Piroplasma canis and its life cycle in the tick - Number 29
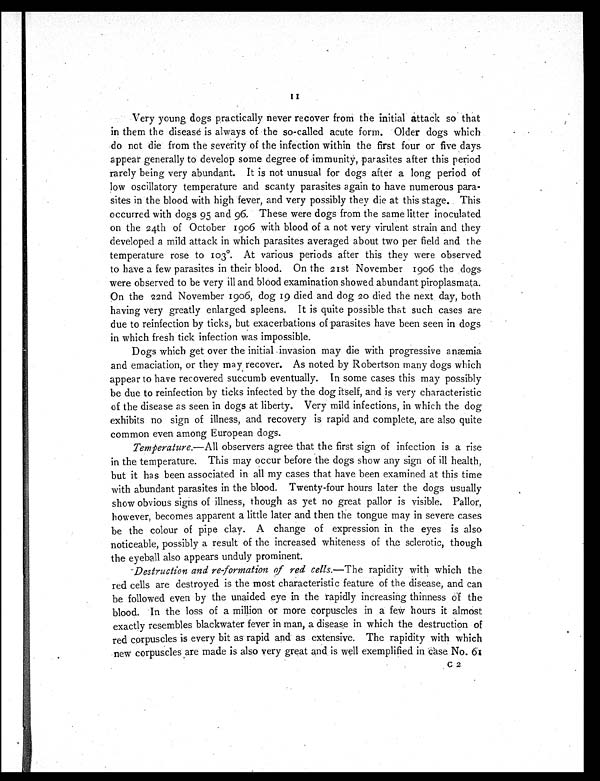
11
Very young dogs practically never recover from the initial attack so that
in them the disease is always of the so-called acute form. Older dogs which
do not die from the severity of the infection within the first four or five days
appear generally to develop some degree of immunity, parasites after this period
rarely being very abundant. It is not unusual for dogs after a long period of
low oscillatory temperature and scanty parasites again to have numerous para-
sites in the blood with high fever, and very possibly they die at this stage. This
occurred with dogs 95 and 96. These were dogs from the same litter inoculated
on the 24th of October 1906 with blood of a not very virulent strain and they
developed a mild attack in which parasites averaged about two per field and the
temperature rose to 103°. At various periods after this they were observed
to have a few parasites in their blood. On the 21st November 1906 the dogs
were observed to be very ill and blood examination showed abundant piroplasmata.
On the 22nd November 1906, dog 19 died and dog 20 died the next day, both
having very greatly enlarged spleens. It is quite possible that such cases are
due to reinfection by ticks, but exacerbations of parasites have been seen in dogs
in which fresh tick infection was impossible.
Dogs which get over the initial invasion may die with progressive anæmia
and emaciation, or they may recover. As noted by Robertson many dogs which
appear to have recovered succumb eventually. In some cases this may possibly
be due to reinfection by ticks infected by the dog itself, and is very characteristic
of the disease as seen in dogs at liberty. Very mild infections, in which the dog
exhibits no sign of illness, and recovery is rapid and complete, are also quite
common even among European dogs.
Temperature. —All observers agree that the first sign of infection is a rise
in the temperature. This may occur before the dogs show any sign of ill health,
but it has been associated in all my cases that have been examined at this time
with abundant parasites in the blood. Twenty-four hours later the dogs usually
show obvious signs of illness, though as yet no great pallor is visible. Pallor,
however, becomes apparent a little later and then the tongue may in severe cases
be the colour of pipe clay. A change of expression in the eyes is also
noticeable, possibly a result of the increased whiteness of the sclerotic, though
the eyeball also appears unduly prominent.
Destruction and re-formation of red cells.—The rapidity with which the
red cells are destroyed is the most characteristic feature of the disease, and can
be followed even by the unaided eye in the rapidly increasing thinness of the
blood. In the loss of a million or more corpuscles in a few hours it almost
exactly resembles blackwater fever in man, a disease in which the destruction of
red corpuscles is every bit as rapid and as extensive. The rapidity with which
new corpuscles are made is also very great and is well exemplified in case No. 61
C 2